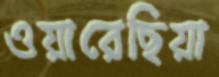
ওয়ারেছিয়া